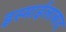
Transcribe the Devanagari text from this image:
इस्माईलाबाद